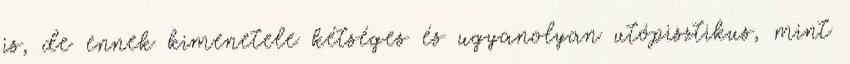
is, de ennek kimenetele kétséges és ugyanolyan utópisztikus, mint